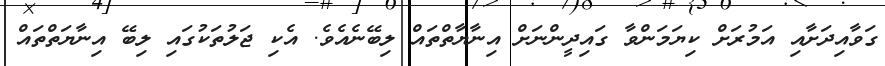
ގަވާއިދަށާއި އަމުރަށް ކިޔަމަންވާ ގައިދީންނަށް އިނާޔާތްތައް ލިބޭނެއެވެ. އެކި ޖަލުތަކުގައި ލިބޭ އިނާޔަތްތައް